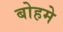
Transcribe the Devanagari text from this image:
बोहमे